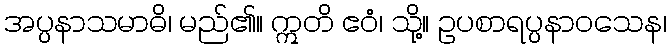
အပ္ပနာသမာဓိ၊ မည်၏။ ဣတိ ဧဝံ၊ သို့။ ဥပစာရပ္ပနာဝသေန၊